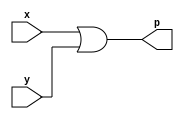
module orgate(
    input x,
    input y,
    output p
);

assign p = (x|y);
endmodule